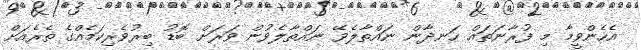
އެހެންވީމާ މި ފުރާނަތައް ހަނދާން ނައްތާލެވޭ ނައްތާލެވުން ވަރަށް ބޮޑު ބިރުވެރިކަމެއްގެ ތެރެއަށް